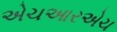
એચઆરએચ